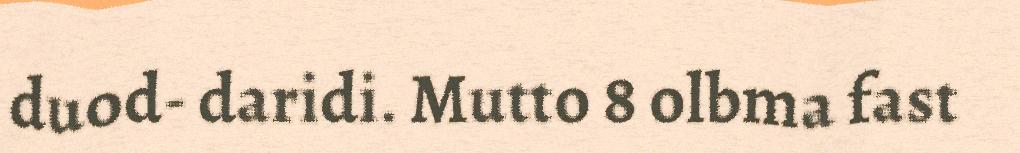
duod- daridi. Mutto 8 olbma fast